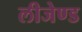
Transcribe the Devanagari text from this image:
लीजेण्ड